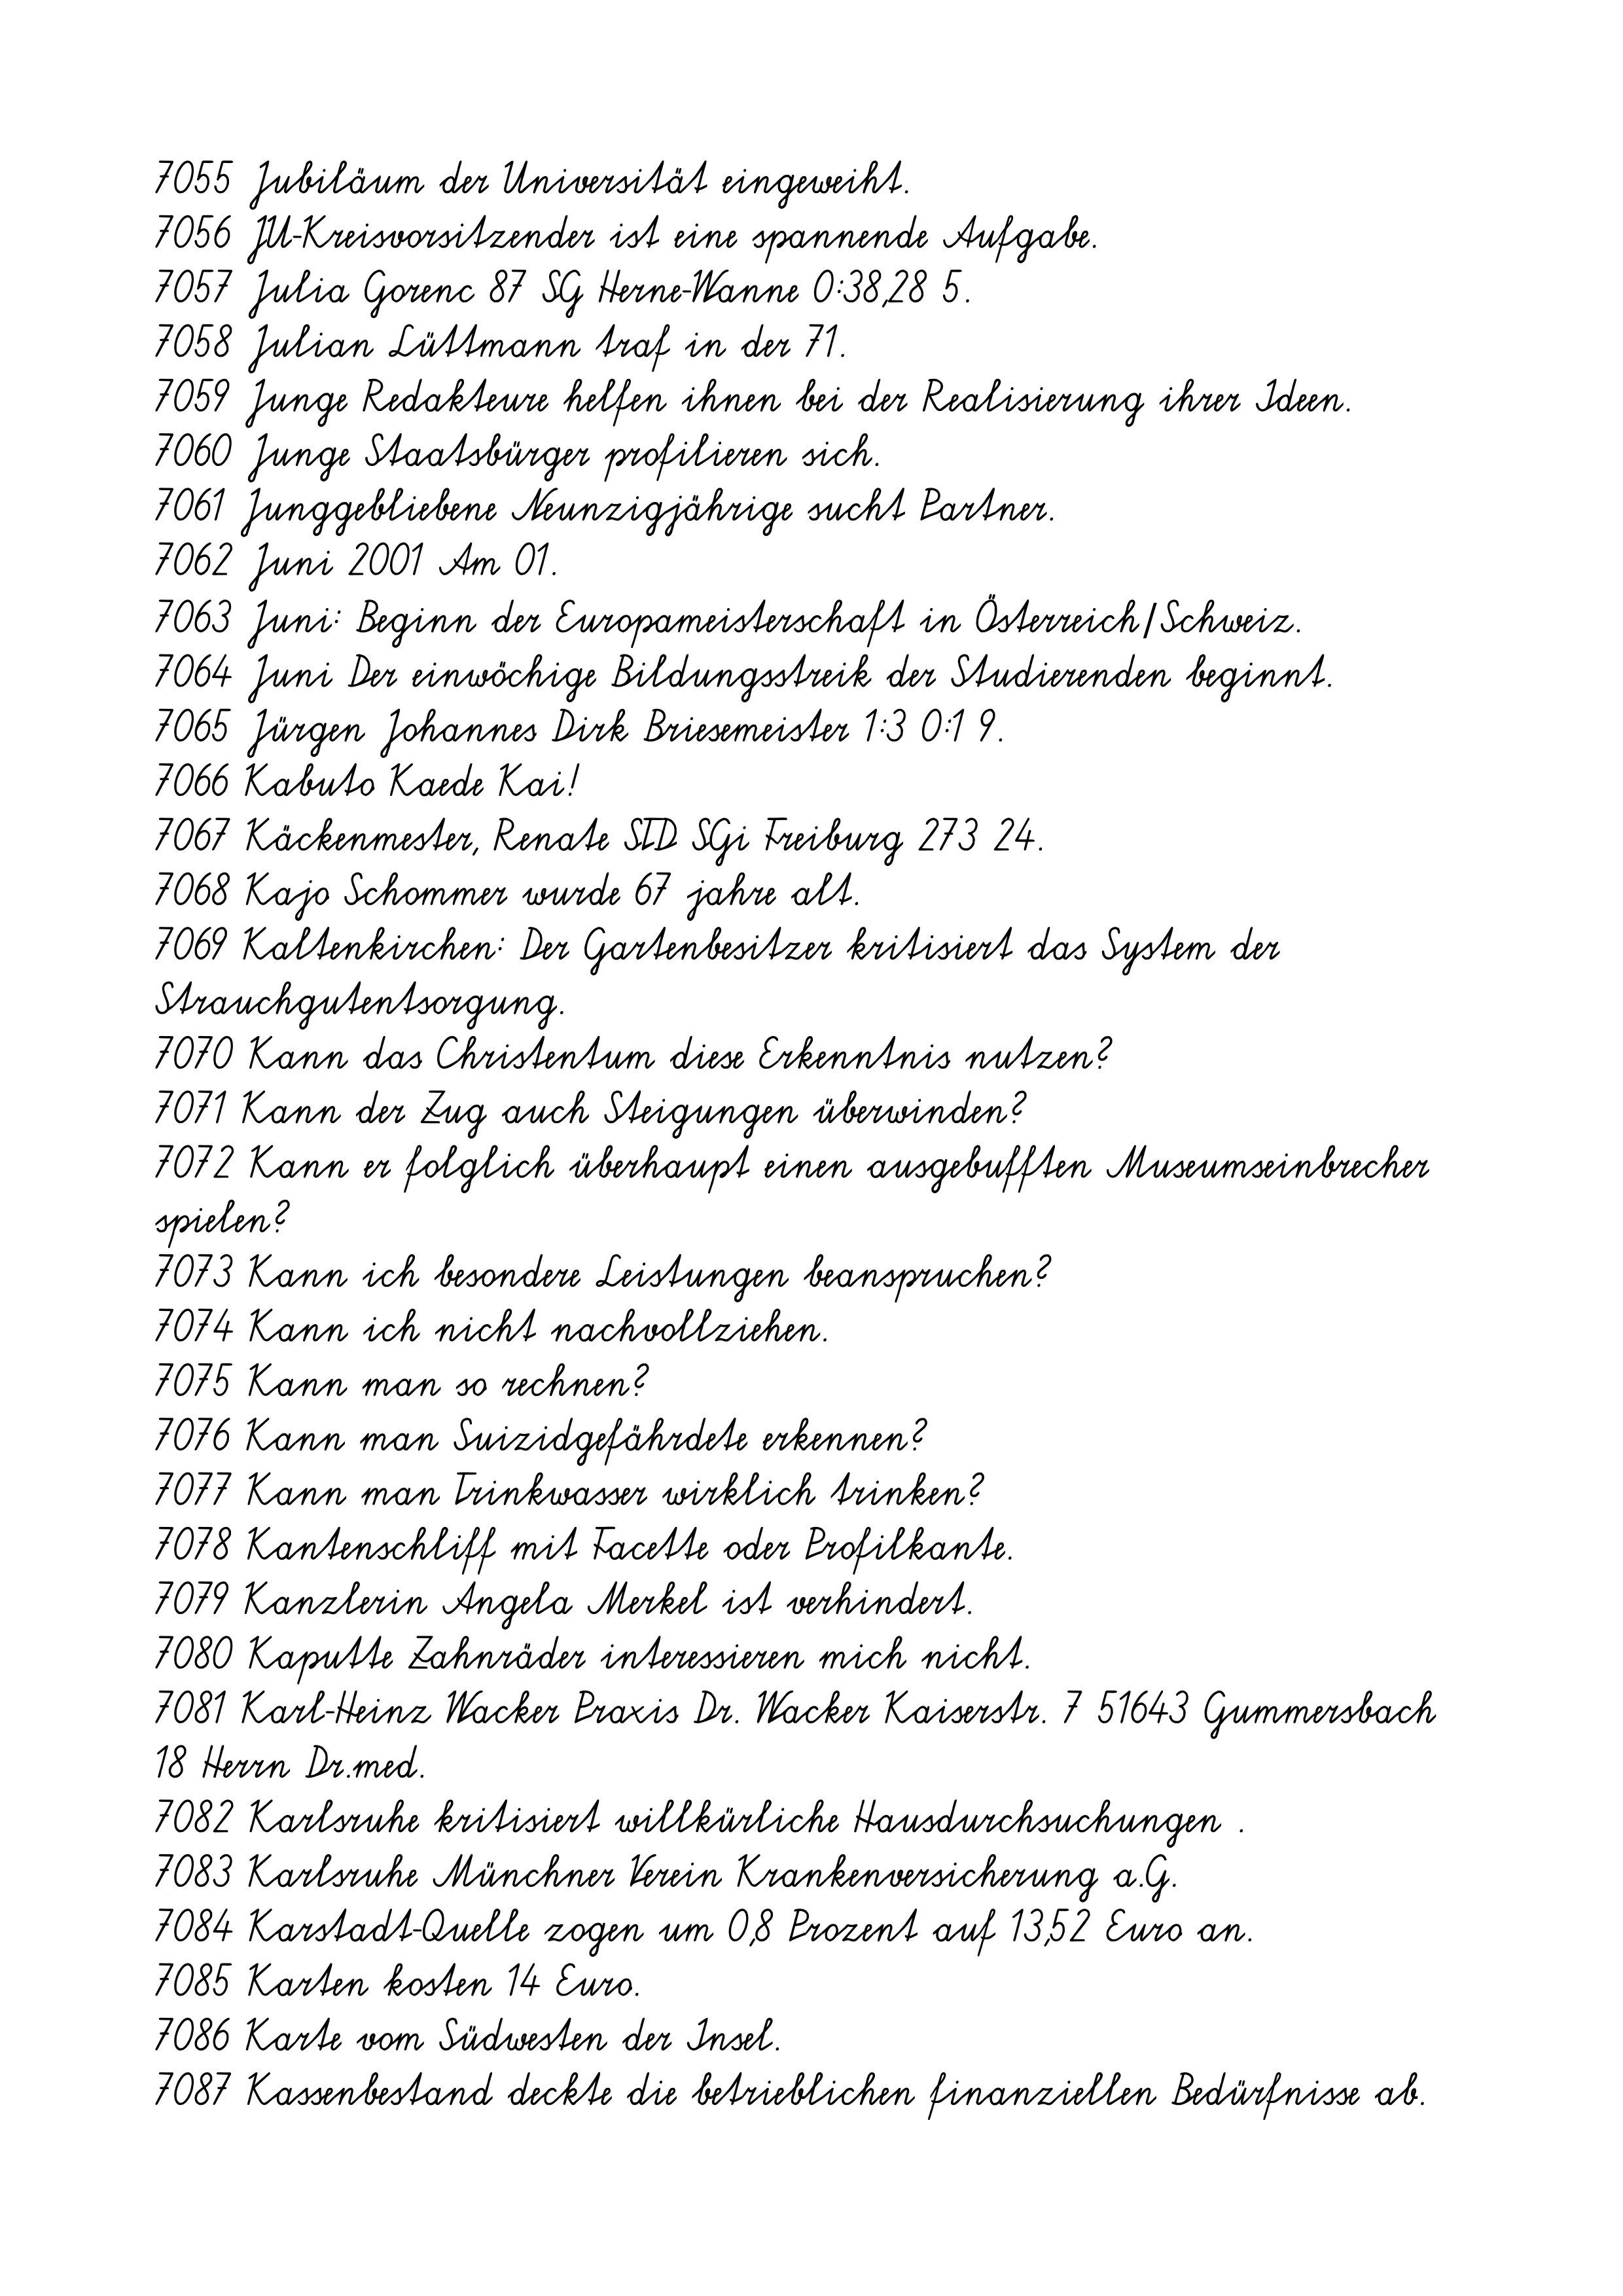
7055 Jubiläum der Universität eingeweiht.
7056 JU-Kreisvorsitzender ist eine spannende Aufgabe.
7057 Julia Gorenc 87 SG Herne-Wanne 0:38,28 5.
7058 Julian Lüttmann traf in der 71.
7059 Junge Redakteure helfen ihnen bei der Realisierung ihrer Ideen.
7060 Junge Staatsbürger profilieren sich.
7061 Junggebliebene Neunzigjährige sucht Partner.
7062 Juni 2001 Am 01.
7063 Juni: Beginn der Europameisterschaft in Österreich/Schweiz.
7064 Juni Der einwöchige Bildungsstreik der Studierenden beginnt.
7065 Jürgen Johannes Dirk Briesemeister 1:3 0:1 9.
7066 Kabuto Kaede Kai!
7067 Käckenmester, Renate STD SGi Freiburg 273 24.
7068 Kajo Schommer wurde 67 jahre alt.
7069 Kaltenkirchen: Der Gartenbesitzer kritisiert das System der
Strauchgutentsorgung.
7070 Kann das Christentum diese Erkenntnis nutzen?
7071 Kann der Zug auch Steigungen überwinden?
7072 Kann er folglich überhaupt einen ausgebufften Museumseinbrecher
spielen?
7073 Kann ich besondere Leistungen beanspruchen?
7074 Kann ich nicht nachvollziehen.
7075 Kann man so rechnen?
7076 Kann man Suizidgefährdete erkennen?
7077 Kann man Trinkwasser wirklich trinken?
7078 Kantenschliff mit Facette oder Profilkante.
7079 Kanzlerin Angela Merkel ist verhindert.
7080 Kaputte Zahnräder interessieren mich nicht.
7081 Karl-Heinz Wacker Praxis Dr. Wacker Kaiserstr. 7 51643 Gummersbach
18 Herrn Dr.med.
7082 Karlsruhe kritisiert willkürliche Hausdurchsuchungen .
7083 Karlsruhe Münchner Verein Krankenversicherung a.G.
7084 Karstadt-Quelle zogen um 0,8 Prozent auf 13,52 Euro an.
7085 Karten kosten 14 Euro.
7086 Karte vom Südwesten der Insel.
7087 Kassenbestand deckte die betrieblichen finanziellen Bedürfnisse ab.